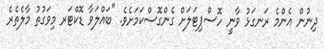
ދިނުން އެންމެ ރަނގަޅު ވާނީ ހޮސްޕިޓަލަށް ގެންގޮސްކަމަށެވެ. "ބައްލަވާ ޑޮކްޓަރ މިވަގުތު މާލެތެރެ